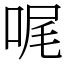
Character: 𠳿